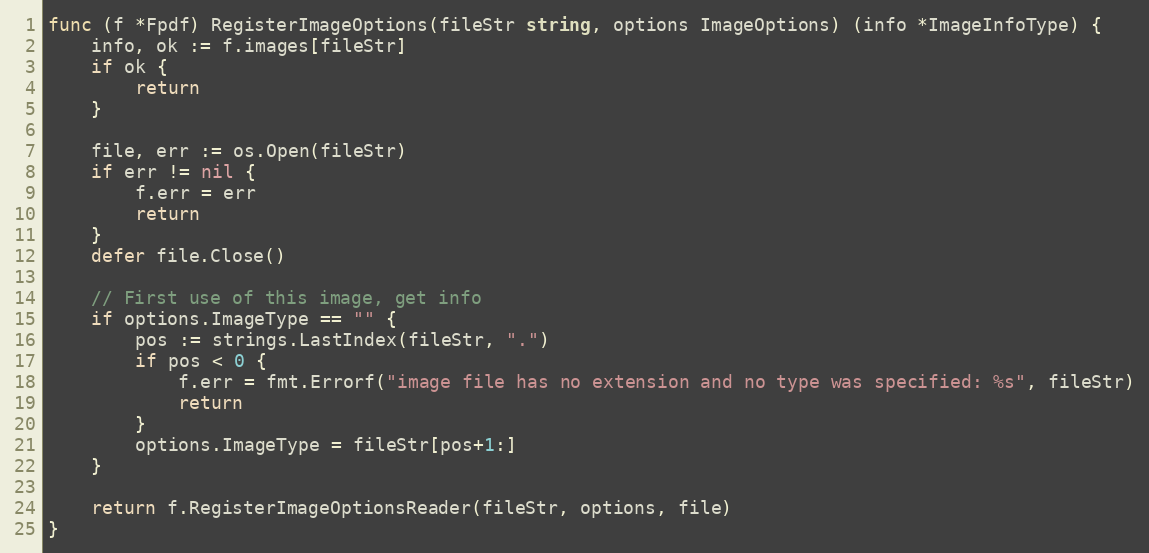
Language: Go
func (f *Fpdf) RegisterImageOptions(fileStr string, options ImageOptions) (info *ImageInfoType) {
	info, ok := f.images[fileStr]
	if ok {
		return
	}

	file, err := os.Open(fileStr)
	if err != nil {
		f.err = err
		return
	}
	defer file.Close()

	// First use of this image, get info
	if options.ImageType == "" {
		pos := strings.LastIndex(fileStr, ".")
		if pos < 0 {
			f.err = fmt.Errorf("image file has no extension and no type was specified: %s", fileStr)
			return
		}
		options.ImageType = fileStr[pos+1:]
	}

	return f.RegisterImageOptionsReader(fileStr, options, file)
}